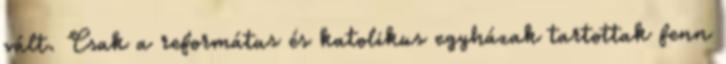
vált. Csak a református és katolikus egyházak tartottak fenn